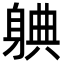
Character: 𬧦